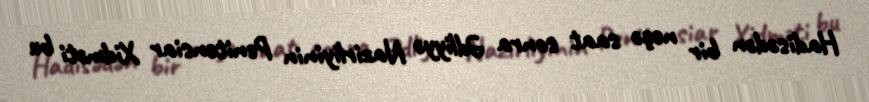
Hadisədən bir neçə saat sonra Ədliyyə Nazirliyinin Penitensiar Xidməti bu